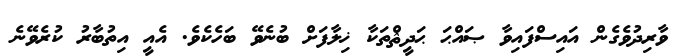
ވާރިދުވެގެން އައިސްފައިވާ ޞައްޙަ ޙަދީޘްތަކާ ޚިލާފަށް ބުނެވޭ ބަހެކެވެ. އެއީ އިތުބާރު ކުރެވޭނެ